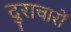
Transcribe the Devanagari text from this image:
दुराचारों